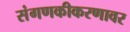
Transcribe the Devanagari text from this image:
संगणकीकरणावर